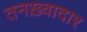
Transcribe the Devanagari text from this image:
तनख़्वादार